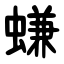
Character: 螊